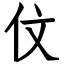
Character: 伩